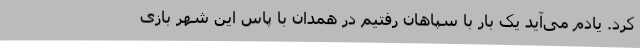
کرد. یادم می‌آید یک‌ بار با سپاهان رفتیم در همدان با پاس این شهر بازی